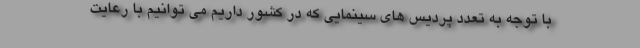
با توجه به تعدد پردیس های سینمایی که در کشور داریم می توانیم با رعایت